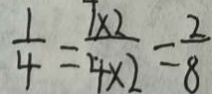
\frac { 1 } { 4 } = \frac { 7 \times 2 } { 4 \times 2 } = \frac { 2 } { 8 }